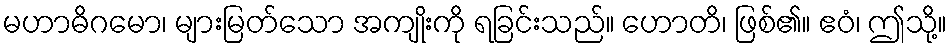
မဟာဓိဂမော၊ များမြတ်သော အကျိုးကို ရခြင်းသည်။ ဟောတိ၊ ဖြစ်၏။ ဧဝံ၊ ဤသို့။